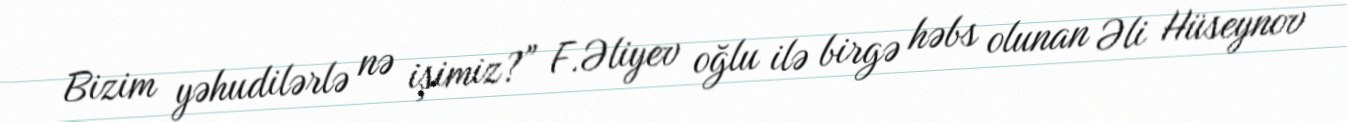
Bizim yəhudilərlə nə işimiz?” F.Əliyev oğlu ilə birgə həbs olunan Əli Hüseynov